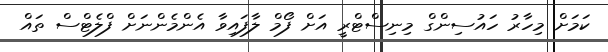
ކަމަށް މިހާރު ހައުސިންގް މިނިސްޓްރީ އަށް ފޯމް ލާފައިވާ އެންމެންނަށް ފްލެޓްސް ތައް